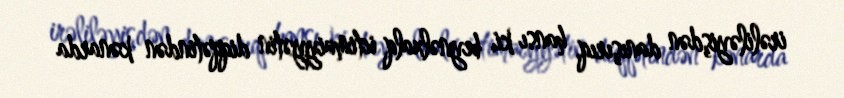
irəliləyişdən danışırıq, hansı ki, beynəlxalq ictimaiyyətin diqqətindən kənarda